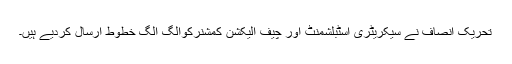
تحریک انصاف نے سیکریٹری اسٹبلشمنٹ اور چیف الیکشن کمشنرکوالگ الگ خطوط ارسال کردیے ہیں۔